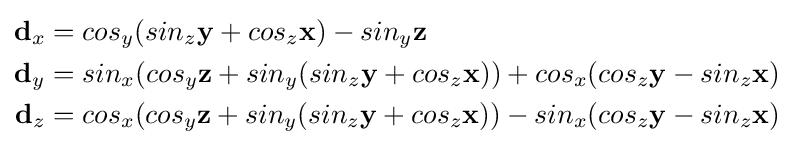
{\begin{aligned}\mathbf {d} _{x}&=cos_{y}(sin_{z}\mathbf {y} +cos_{z}\mathbf {x} )-sin_{y}\mathbf {z} \\\mathbf {d} _{y}&=sin_{x}(cos_{y}\mathbf {z} +sin_{y}(sin_{z}\mathbf {y} +cos_{z}\mathbf {x} ))+cos_{x}(cos_{z}\mathbf {y} -sin_{z}\mathbf {x} )\\\mathbf {d} _{z}&=cos_{x}(cos_{y}\mathbf {z} +sin_{y}(sin_{z}\mathbf {y} +cos_{z}\mathbf {x} ))-sin_{x}(cos_{z}\mathbf {y} -sin_{z}\mathbf {x} )\end{aligned}}